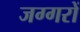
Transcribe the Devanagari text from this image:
जग्गरों